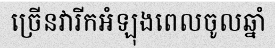
ច្រើនវារីកអំឡុងពេលចូលឆ្នាំ